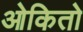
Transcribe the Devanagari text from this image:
ओकितो